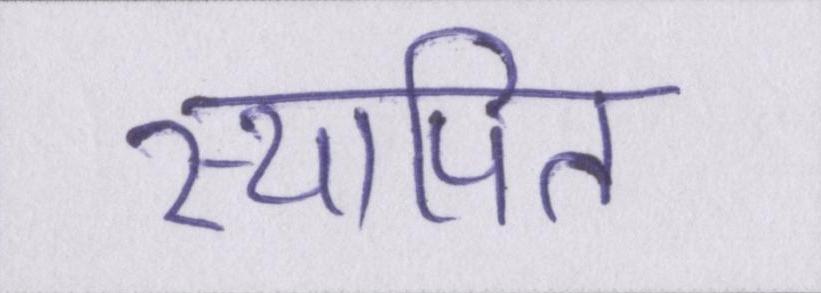
स्थापित